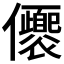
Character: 𠑚